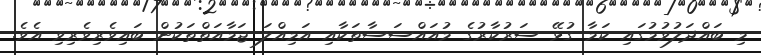
މި ބައްދަލުވުމުގައި ކަމާ ގުޅޭ ސަރުކާރުގެ މުއައްސަސާތަކާއި އަމިއްލަ ޖަމާއަތްތަކުން ބައިވެރިވެރިވި އެވެ.